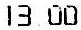
13.00